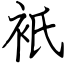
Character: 衹